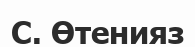
С. Өтенияз